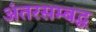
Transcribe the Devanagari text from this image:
अंतरसम्बद्ध